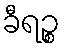
ခီရဉ္စ